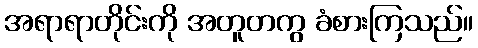
အရာရာတိုင်းကို အတူတကွ ခံစားကြသည်။